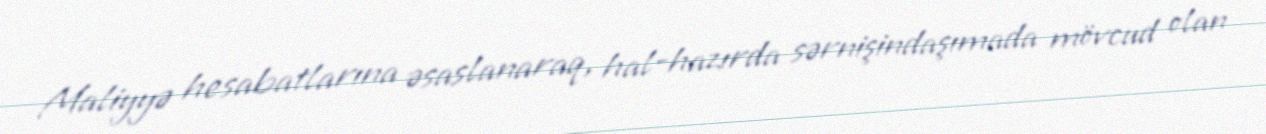
Maliyyə hesabatlarına əsaslanaraq, hal-hazırda sərnişindaşımada mövcud olan